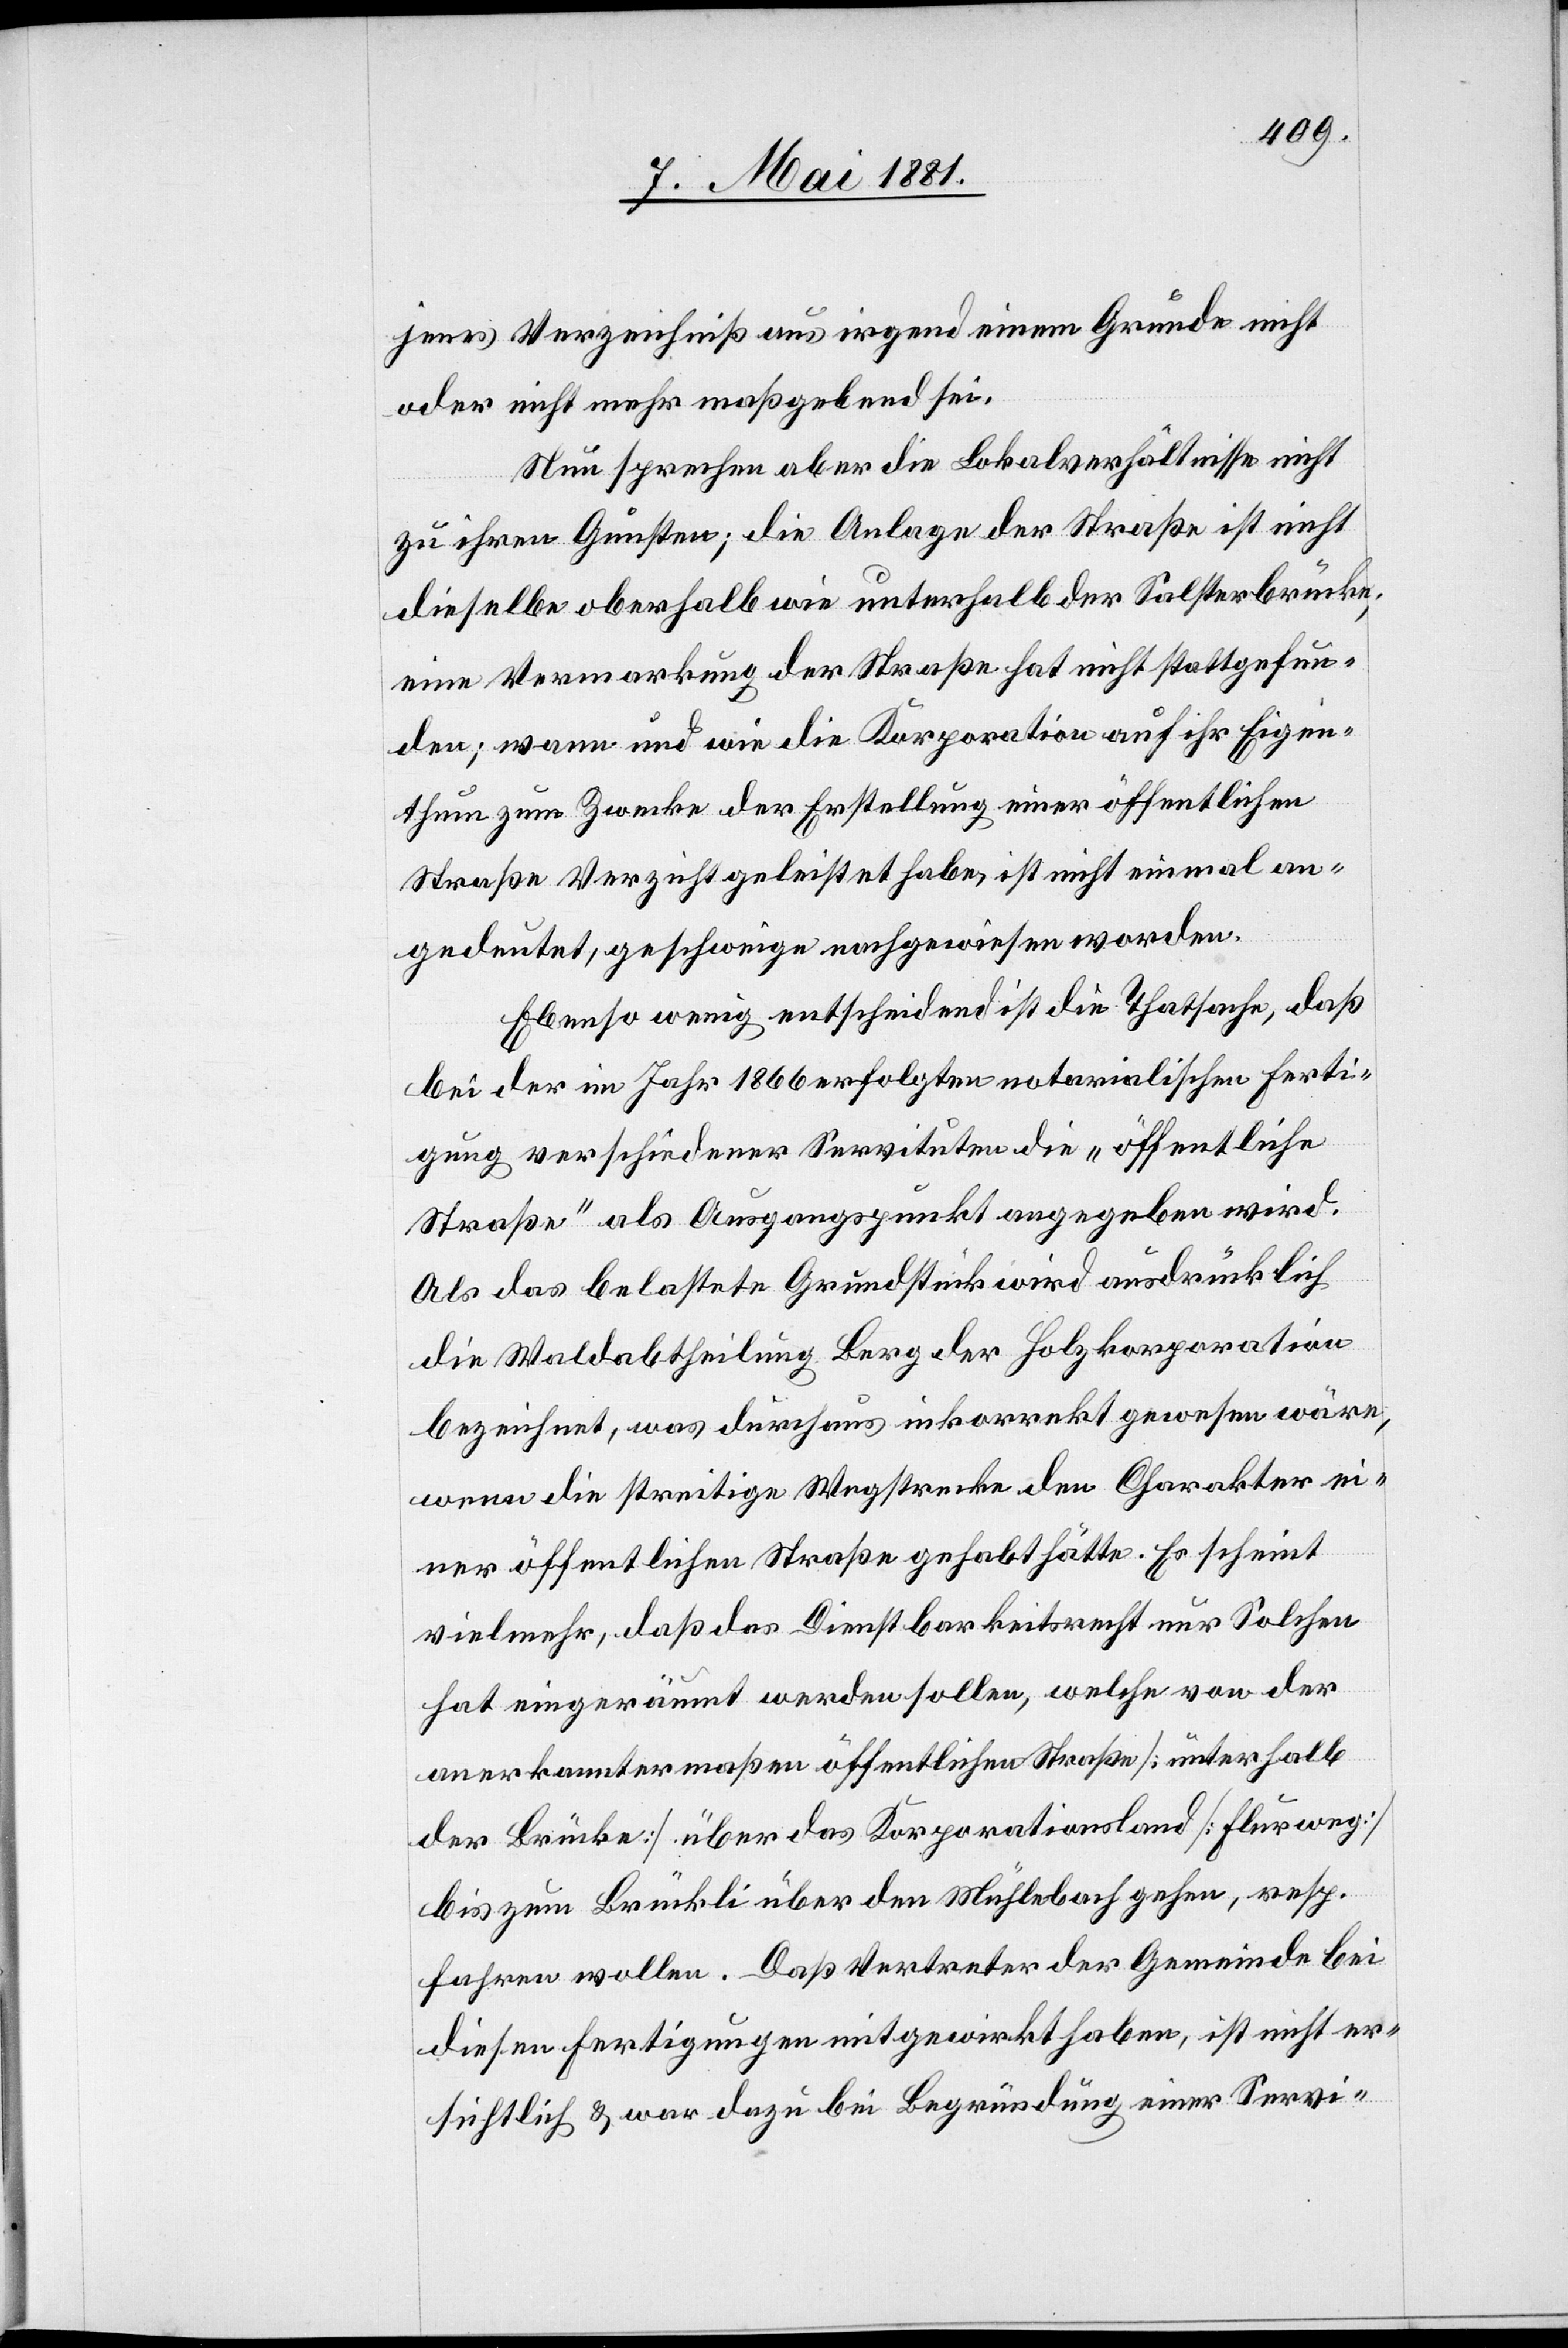
jenes Verzeichnis aus irgend einem Grunde nicht
oder nicht mehr maßgebend sei.
Nun sprechen aber die Lokalverhältnisse nicht
zu ihren Gunsten; die Anlage der Straße ist nicht
dieselbe oberhalb wie unterhalb der Salsterbrücke;
eine Vermarkung der Straße hat nicht stattgefun¬
den; wann und wie die Korporation auf ihr Eigen¬
thum zum Zwecke der Erstellung einer öffentlichen
Straße Verzicht geleistet habe, ist nicht einmal an¬
gedeutet, geschweige nachgewiesen worden.
Ebenso wenig entscheidend ist die Thatsache, daß
bei der im Jahr 1866 erfolgten notarialischen Ferti¬
gung verschiedener Servituten die „öffentliche
Straße“ als Ausgangspunkt angegeben wird.
Als das belastete Grundstück wird ausdrücklich
die Waldabtheilung Berg der Holzkorporation
bezeichnet, was durchaus inkorrekt gewesen wäre,
wenn die streitige Wegstrecke den Charakter ei¬
ner öffentlichen Straße gehabt hätte. Es scheint
vielmehr, daß das Dienstbarkeitsrecht nur Solchen
hat eingeräumt werden sollen, welche von der
anerkanntermaßen öffentlichen Straße [unterhalb
der Brücke] über das Korporationsland [Flurweg]
bis zum Brückli über den Mühlebach gehen, resp.
fahren wollen. Daß Vertreter der Gemeinde bei
diesen Fertigungen mitgewirkt haben, ist nicht er¬
sichtlich & war dazu bei Begründung einer Servi-